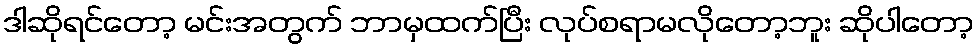
ဒါဆိုရင်တော့ မင်းအတွက် ဘာမှထက်ပြီး လုပ်စရာမလိုတော့ဘူး ဆိုပါတော့